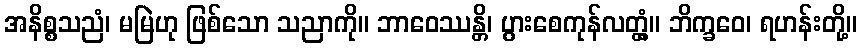
အနိစ္စသညံ၊ မမြဲဟု ဖြစ်သော သညာကို။ ဘာဝေဿန္တိ၊ ပွားစေကုန်လတ္တံ့။ ဘိက္ခဝေ၊ ရဟန်းတို့။